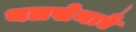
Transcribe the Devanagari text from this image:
थलसेनाएँ